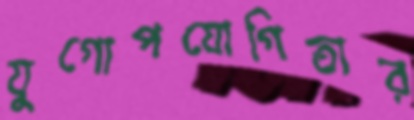
যুগোপযোগিতার